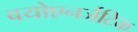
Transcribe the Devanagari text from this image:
बयोएनर्जेटिक